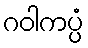
ဂဝါကပ္ပံ